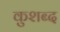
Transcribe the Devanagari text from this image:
कुशब्द